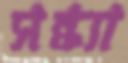
সন্ধ্যা